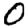
Digit: 0